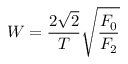
W = \frac { 2 \sqrt { 2 } } { T } \sqrt { \frac { F _ { 0 } } { F _ { 2 } } }